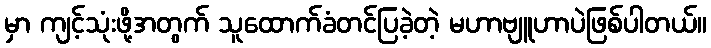
မှာ ကျင့်သုံးဖို့အတွက် သူထောက်ခံတင်ပြခဲ့တဲ့ မဟာဗျူဟာပဲဖြစ်ပါတယ်။